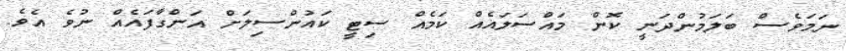
ނަމަވެސް ބަލަމުންދަނީ ކޮން މައްސަލައެއް ކަމެއް ސިޓީ ކައުންސިލަށް އަންގާފައެއް ނުވެ އެވެ.